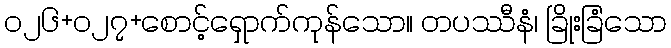
၀၂၆+၀၂၇+စောင့်ရှောက်ကုန်သော။ တပဿီနံ၊ ခြိုးခြံသော